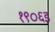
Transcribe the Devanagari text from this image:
१९०६इ